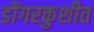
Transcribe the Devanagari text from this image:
डोंगरकुशीत